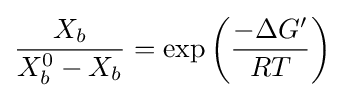
{\frac {X_{b}}{X_{b}^{0}-X_{b}}}=\exp \left({\frac {-\Delta G'}{RT}}\right)